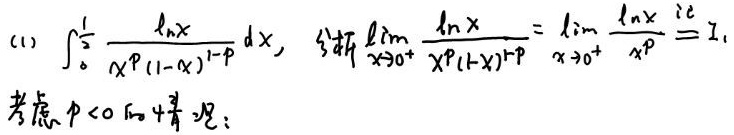
(1) \(\int_{0}^{\frac{1}{2}} \frac{\ln x}{x^{p}(1 - x)^{1 - p}} dx\), 当\(\lim_{x \to 0^{+}} \frac{\ln x}{x^{p}(1 - x)^{1 - p}} = \lim_{x \to 0^{+}} \frac{\ln x}{x^{p}} \stackrel{记}{=} I_1\)
考虑\(p < 0\)的情况: